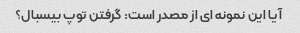
آیا این نمونه ای از مصدر است: گرفتن توپ بیسبال؟